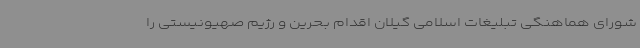
شورای هماهنگی تبلیغات اسلامی گیلان اقدام بحرین و رژیم صهیونیستی را